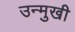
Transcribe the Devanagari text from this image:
उन्‍मुखी